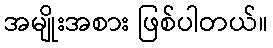
အမျိုးအစား ဖြစ်ပါတယ်။